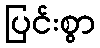
ပြင်းစွာ